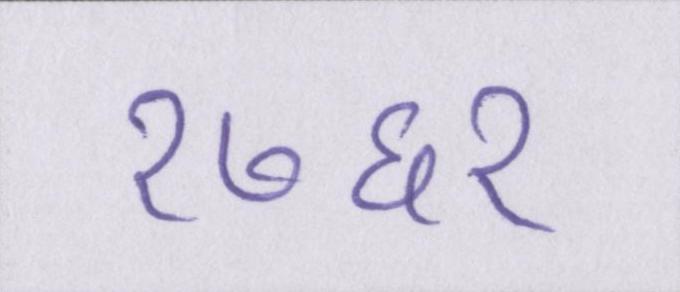
१७६१